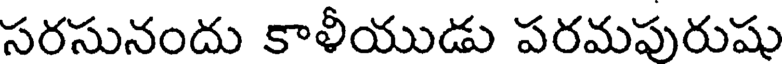
సరసునందు కాళీయుడు పరమపురుషు